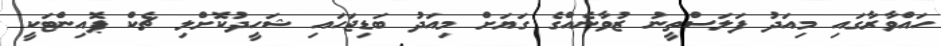
ހައްވާރާގައި މިއަދު ފަލަސްތީނު ޒުވާނެއްގެ ގަޔަށް މިއަދު ބަޑިޖަހައި ޝަހީދުކޮށްލި ޗެކް ޕޮއިންޓަކީ